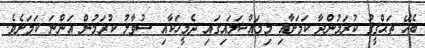
ބެހޭ ތަޙްޤީޤު ކުރަމުންދާ ކަމަށާއި މިމައްސަލައިގައި ދެމީހަކާއި ސުވާލު ކުރަމުން އަންނަ ކަމަށެވެ.